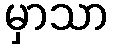
မှာသာ